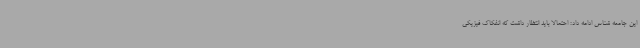
این جامعه شناس ادامه داد: ‌احتمالاً باید انتظار داشت که انفکاک فیزیکی